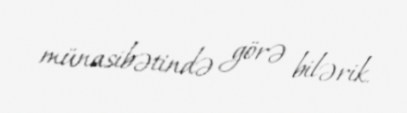
münasibətində görə bilərik.